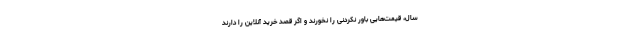
سال، قیمت‌هایی باور نکردنی را نخورند و اگر قصد خرید آنلاین را دارند